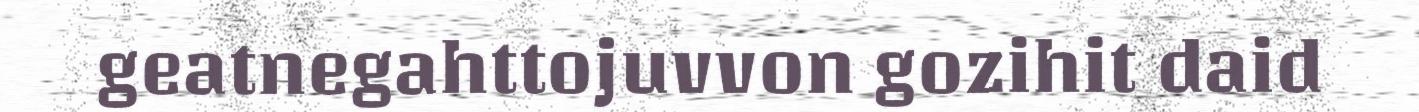
geatnegahttojuvvon gozihit daid